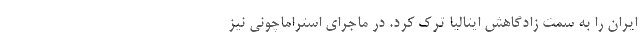
ایران را به سمت زادگاهش ایتالیا ترک کرد. در ماجرای استراماچونی نیز